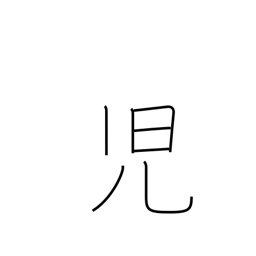
Meaning: newborn babe